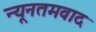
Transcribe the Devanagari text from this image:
न्यूनतमवाद